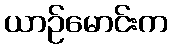
ယာဉ်မောင်းက